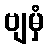
ဗျမှံ